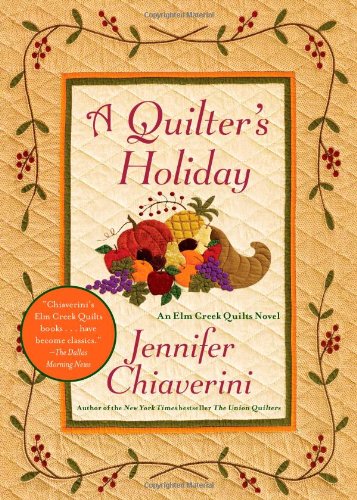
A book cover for A Quilter's Holiday: An Elm Creek Quilts Novel (The Elm Creek Quilts); Jennifer Chiaverini; Literature & Fiction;